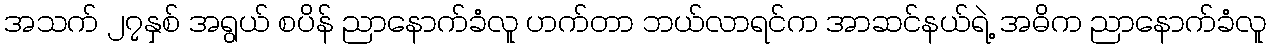
အသက် ၂၇နှစ် အရွယ် စပိန် ညာနောက်ခံလူ ဟက်တာ ဘယ်လာရင်က အာဆင်နယ်ရဲ့ အဓိက ညာနောက်ခံလူ